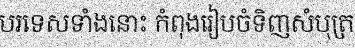
បរទេសទាំងនោះ កំពុងរៀបចំទិញសំបុត្រ